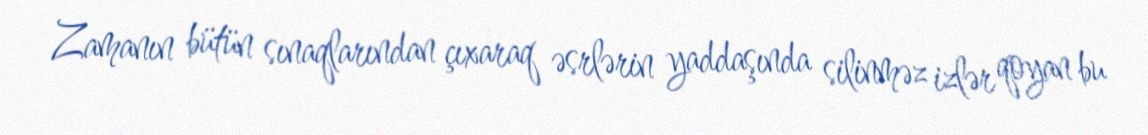
Zamanın bütün sınaqlarından çıxaraq əsrlərin yaddaşında silinməz izlər qoyan bu